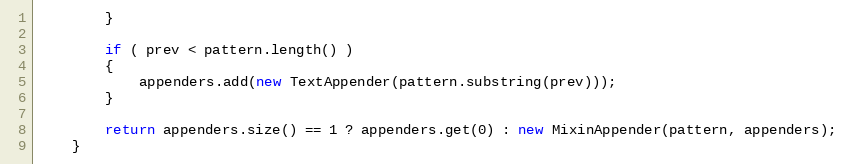
Language: Java
		}

		if ( prev < pattern.length() )
		{
			appenders.add(new TextAppender(pattern.substring(prev)));
		}

		return appenders.size() == 1 ? appenders.get(0) : new MixinAppender(pattern, appenders);
	}